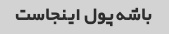
باشه پول اینجاست